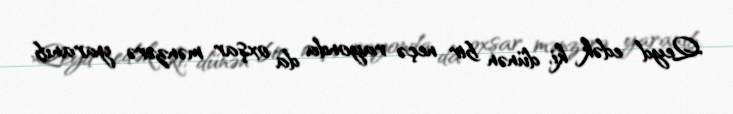
Qeyd edək ki, dünən bir neçə rayonda da oxşar mənzərə yaranıb.